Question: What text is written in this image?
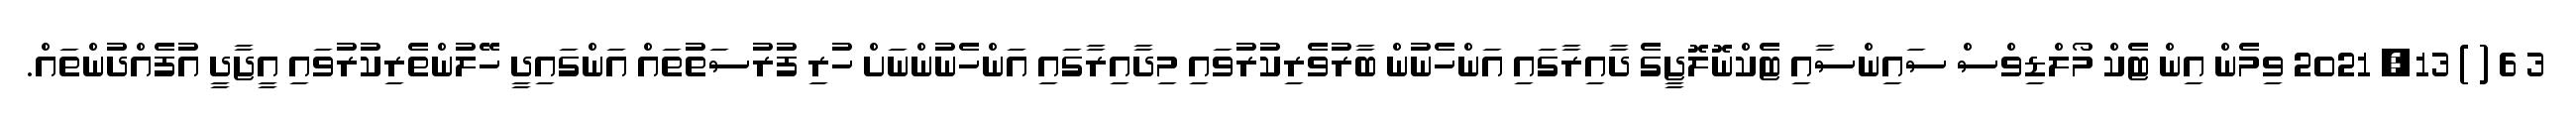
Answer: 3 6 ( ) 13, 2021 ވިމެން އިން ޓެކް މޯލްޑިވްސް ސައިންސާއި ޓެކްނޮލޮޖީގެ ދާއިރާގައި އަންހެނުން ބާރުވެރިކުރުވައި މިދާއިރާގައި އަންހެނުންނަށް ހުރި ފުރުސަތުތައް އަންގައިދީ ހޭލުންތެރިކުރުވައި އީޖާދީ އުފެއްދުންތައް.